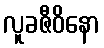
လူခဇီဝိနော